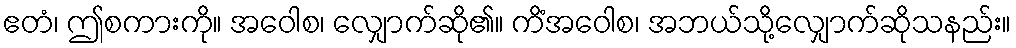
ဧတံ၊ ဤစကားကို။ အဝေါစ၊ လျှောက်ဆို၏။ ကိံအဝေါစ၊ အဘယ်သို့လျှောက်ဆိုသနည်း။